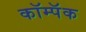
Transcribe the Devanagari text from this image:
कॉम्पॅक